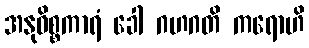
အနုဝိစ္စကာရံ ခေါ ဂဟဂတိ ကရောဟိ